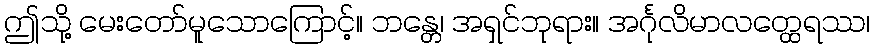
ဤသို့ မေးတော်မူသောကြောင့်။ ဘန္တေ၊ အရှင်ဘုရား။ အင်္ဂုလိမာလတ္ထေရဿ၊